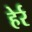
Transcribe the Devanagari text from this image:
हेर्र